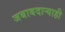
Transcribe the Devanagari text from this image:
जबाबदार्‍याही